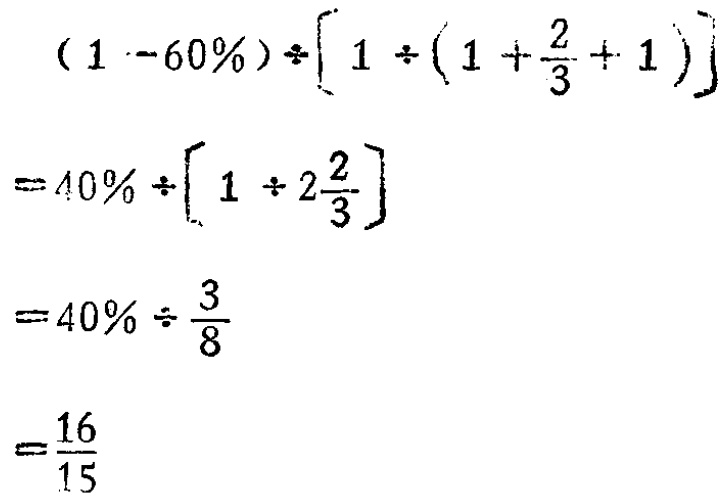
\((1 - 60\%)\div\left[1\div\left(1 + \frac{2}{3} + 1\right)\right]\)

\(= 40\%\div\left[1\div2\frac{2}{3}\right]\)

\(= 40\%\div\frac{3}{8}\)

\(=\frac{16}{15}\)